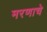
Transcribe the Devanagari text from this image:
मरणाचे